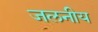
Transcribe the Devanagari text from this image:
जलनीय